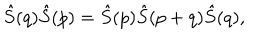
\hat { S } ( q ) \hat { S } ( p ) = \hat { S } ( p ) \hat { S } ( p + q ) \hat { S } ( q ) ,